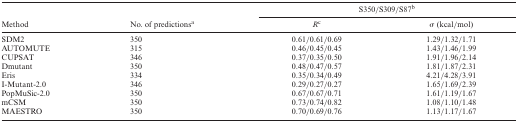
<table><thead><tr><td></td><td></td><td colspan="2"><b>S350/S309/S87<sup>b</sup></b></td></tr><tr><td><b>Method</b></td><td><b>No. of predictions<sup>a</sup></b></td><td><b><i>R</i><sup>c</sup></b></td><td><b>σ (kcal/mol)</b></td></tr></thead><tbody><tr><td>SDM2</td><td>350</td><td>0.61/0.61/0.69</td><td>1.29/1.32/1.71</td></tr><tr><td>AUTOMUTE</td><td>315</td><td>0.46/0.45/0.45</td><td>1.43/1.46/1.99</td></tr><tr><td>CUPSAT</td><td>346</td><td>0.37/0.35/0.50</td><td>1.91/1.96/2.14</td></tr><tr><td>Dmutant</td><td>350</td><td>0.48/0.47/0.57</td><td>1.81/1.87/2.31</td></tr><tr><td>Eris</td><td>334</td><td>0.35/0.34/0.49</td><td>4.21/4.28/3.91</td></tr><tr><td>I-Mutant-2.0</td><td>346</td><td>0.29/0.27/0.27</td><td>1.65/1.69/2.39</td></tr><tr><td>PopMuSic-2.0</td><td>350</td><td>0.67/0.67/0.71</td><td>1.61/1.19/1.67</td></tr><tr><td>mCSM</td><td>350</td><td>0.73/0.74/0.82</td><td>1.08/1.10/1.48</td></tr><tr><td>MAESTRO</td><td>350</td><td>0.70/0.69/0.76</td><td>1.13/1.17/1.67</td></tr></tbody></table>